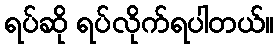
ရပ်ဆို ရပ်လိုက်ရပါတယ်။